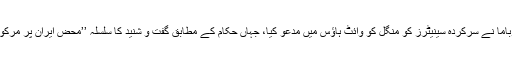
صدر اوباما نے سرکردہ سینیٹرز کو منگل کو وائٹ ہاؤس میں مدعو کیا، جہاں حکام کے مطابق گفت و شنید کا سلسلہ ’’محض ایران پر مرکوز‘‘ رہا۔